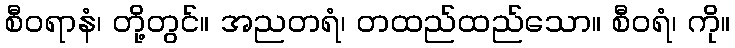
စီဝရာနံ၊ တို့တွင်။ အညတရံ၊ တထည်ထည်သော။ စီဝရံ၊ ကို။